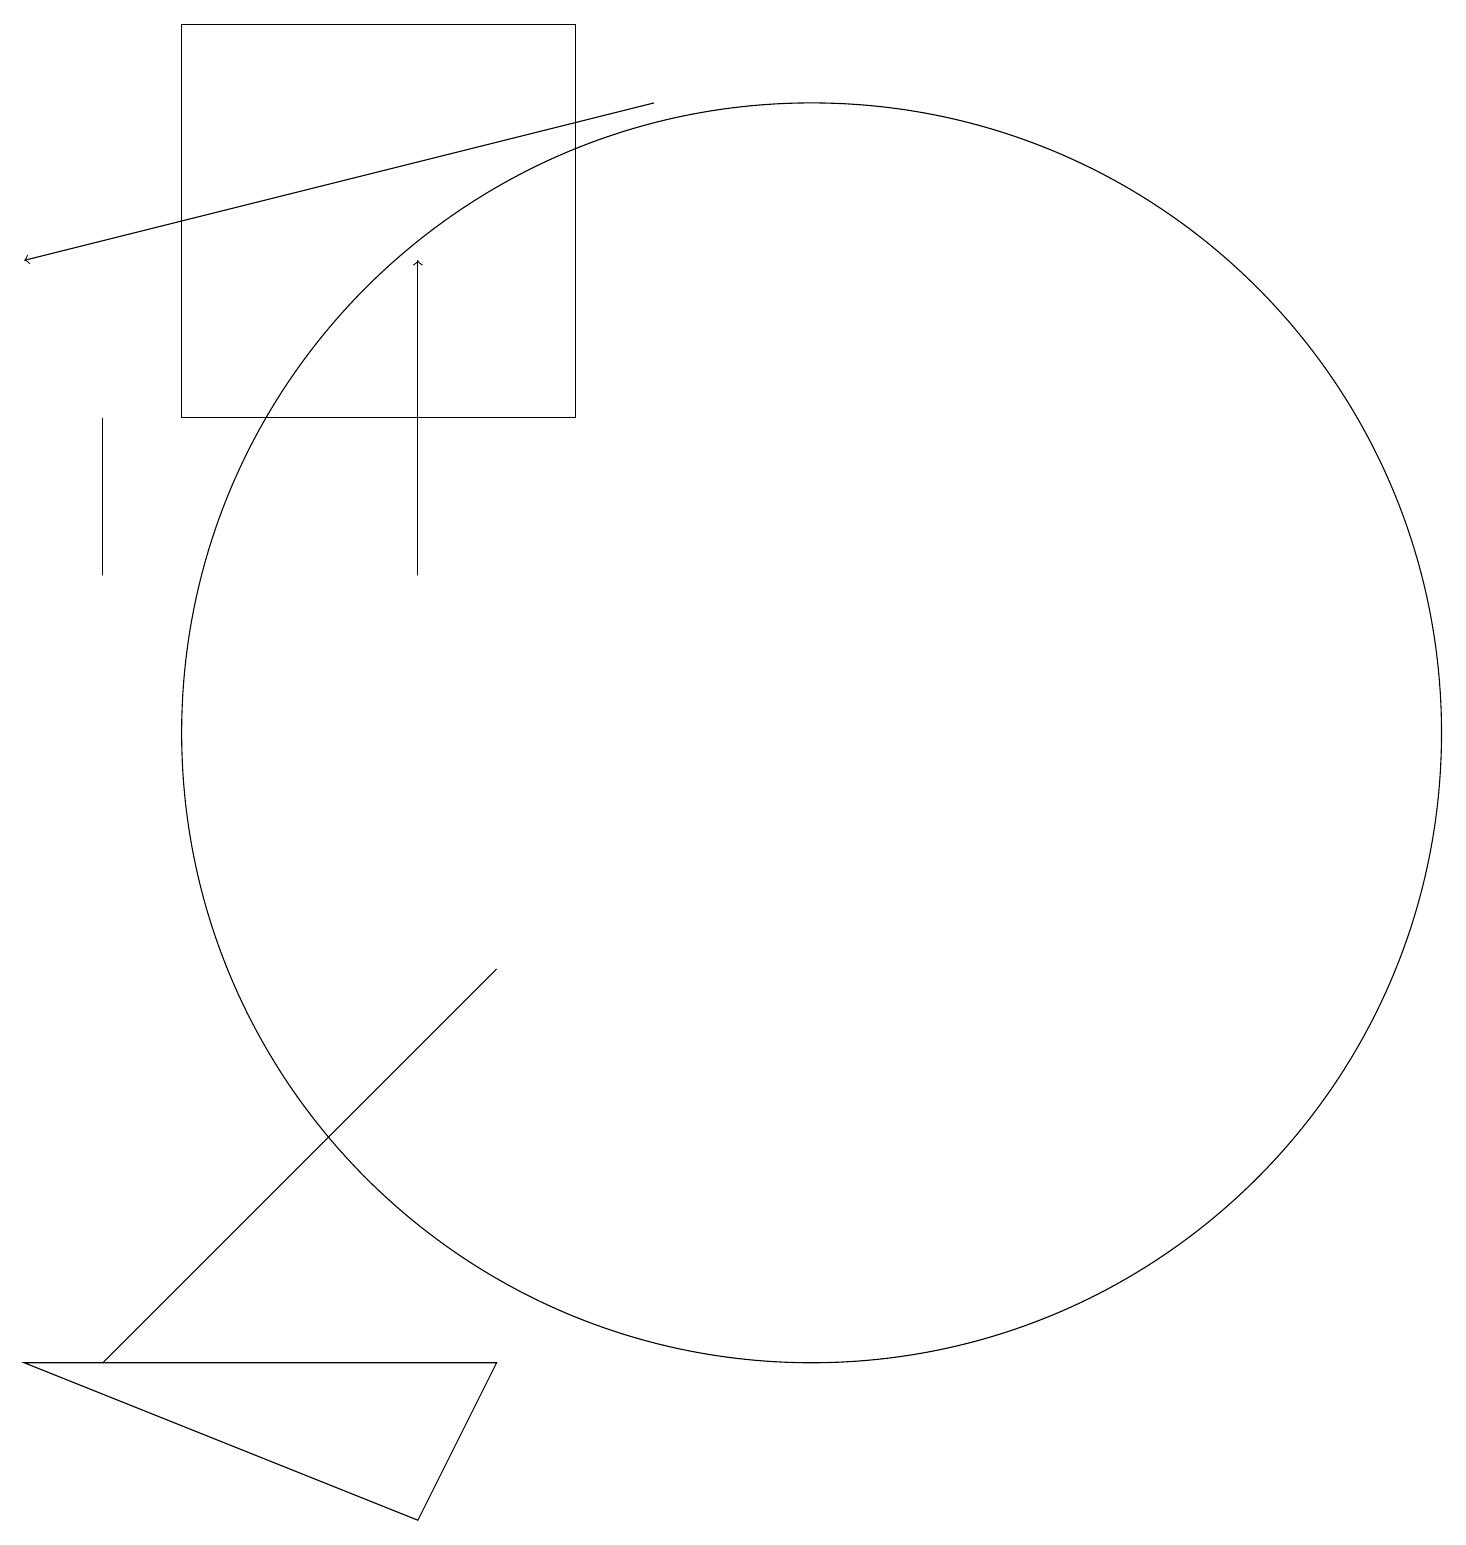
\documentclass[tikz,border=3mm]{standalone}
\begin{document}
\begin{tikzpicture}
\draw (7,14) rectangle (2,19);
\draw (5,12) rectangle (5,16);
\draw (6,7) -- (1,2) -- (4,5) -- cycle;
\draw[->] (8,18) -- (0,16);
\draw[->] (5,13) -- (5,16);
\draw (0,2) -- (6,2) -- (5,0) -- cycle;
\draw (1,12) rectangle (1,14);
\draw (10,10) circle (8);
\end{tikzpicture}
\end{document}